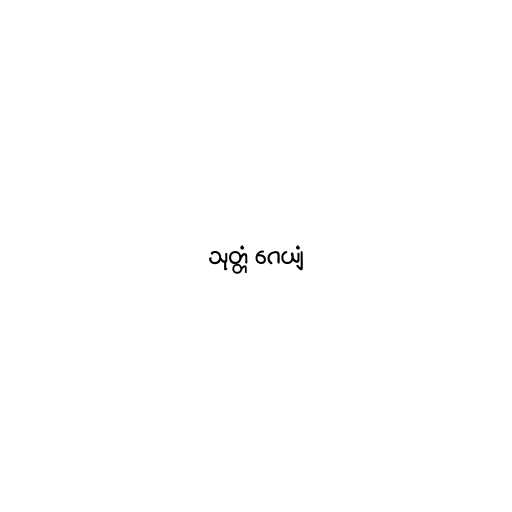
သုတ္တံ ဂေယျံ